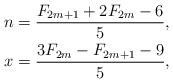
LaTeX: \begin{align*}n&=\frac{F_{2m+1}+2F_{2m}-6}{5},\\x&=\frac{3F_{2m}-F_{2m+1}-9}{5},\end{align*}